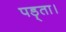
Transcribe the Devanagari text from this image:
पड़्ता।